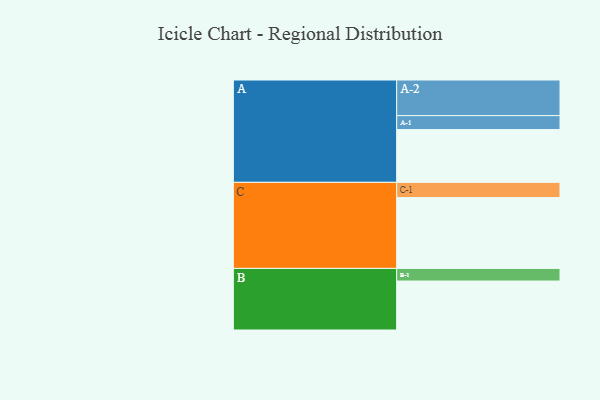
{"axis": {"x": "Segment", "y": "Value"}, "legend": ["", "A", "B", "C"], "data": [{"x": "A", "y": 431, "type": ""}, {"x": "B", "y": 400, "type": ""}, {"x": "C", "y": 579, "type": ""}, {"x": "A-1", "y": 114, "type": "A"}, {"x": "A-2", "y": 291, "type": "A"}, {"x": "B-1", "y": 103, "type": "B"}, {"x": "C-1", "y": 124, "type": "C"}]}